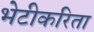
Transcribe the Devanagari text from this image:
भेटीकरिता